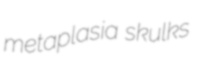
metaplasia skulks